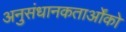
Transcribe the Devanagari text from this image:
अनुसंधानकतार्ओंको